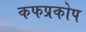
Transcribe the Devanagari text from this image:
कफप्रकोप